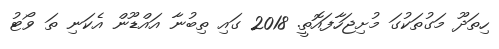
ހިތަދޫ މަގުތަކުގަ މުށިޖަހާފައޮތީ. 2018 ގައި ތިބުނާ އައްޑޫން އެކަނި ތަ ވޯޓު